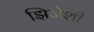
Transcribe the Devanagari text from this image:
झिजेशी